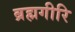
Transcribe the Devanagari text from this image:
ब्रह्मगीरि